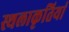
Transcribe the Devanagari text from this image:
स्थलाकृतियां